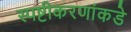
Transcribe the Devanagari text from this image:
स्पष्टीकरणांकडे